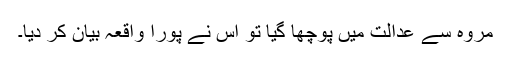
مروہ سے عدالت میں پوچھا گیا تو اس نے پورا واقعہ بیان کر دیا۔